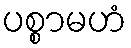
ပစ္စာမဟံ